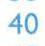
40